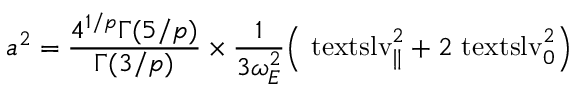
a ^ { 2 } = \frac { 4 ^ { 1 / p } \Gamma ( 5 / p ) } { \Gamma ( 3 / p ) } \times \frac { 1 } { 3 \omega _ { E } ^ { 2 } } \Bigl ( \ensuremath { \mathrm { \ t e x t s l { v } } _ { \parallel } } ^ { 2 } + 2 \ensuremath { \mathrm { \ t e x t s l { v } } _ { 0 } } ^ { 2 } \Bigr )